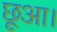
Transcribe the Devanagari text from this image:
छूआ।